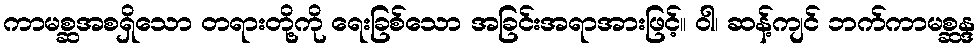
ကာမစ္ဆအစရှိသော တရားတို့ကို ရေးခြစ်သော အခြင်းအရာအားဖြင့်။ ဝါ၊ ဆန့်ကျင် ဘက်ကာမစ္ဆန္ဒ